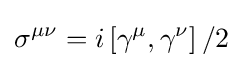
\sigma ^{\mu \nu }=i\left[\gamma ^{\mu },\gamma ^{\nu }\right]/2